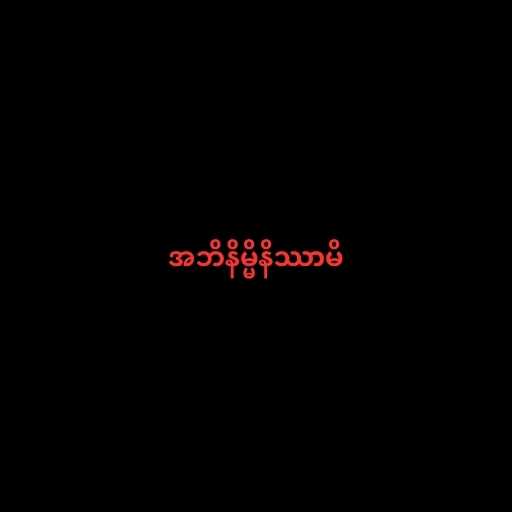
အဘိနိမ္မိနိဿာမိ